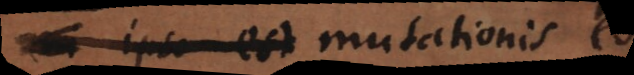
i o est mutationis